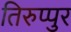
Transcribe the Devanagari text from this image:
तिरुप्पुर